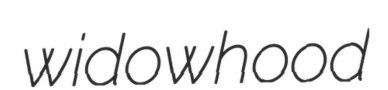
widowhood